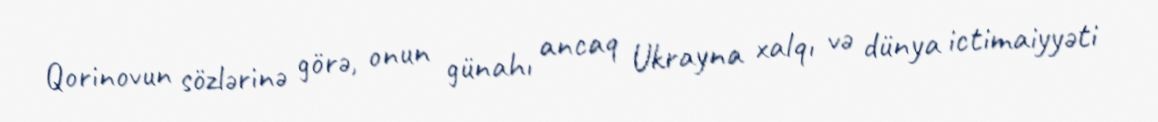
Qorinovun sözlərinə görə, onun günahı ancaq Ukrayna xalqı və dünya ictimaiyyəti